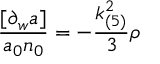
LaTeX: \frac { [ \partial _ { w } a ] } { a _ { 0 } n _ { 0 } } = - \frac { k _ { ( 5 ) } ^ { 2 } } { 3 } \rho